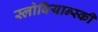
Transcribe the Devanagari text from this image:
स्लोवियान्स्की